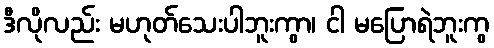
ဒီလိုလည်း မဟုတ်သေးပါဘူးကွာ၊ ငါ မပြောရဲဘူးကွ